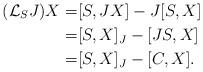
LaTeX: \begin{align*}(\mathcal{L}_S J)X=& [S,JX]-J[S,X] \\ =& [S,X]_J-[JS,X] \\ =& [S,X]_J-[C,X].\end{align*}